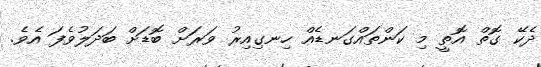
ދެކޭ ގޮތް އޮތީ މި ކަންތައްގަނޑެއް ހިނގިއިރު ވަރަށް ބޮޑަށް ބަދަލުވެފަ އެވެ.